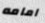
امامه